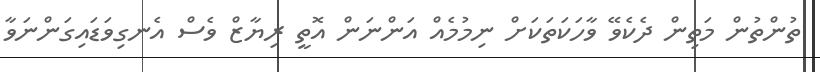
ތުންތުން މަތިން ދެކެވޭ ވާހަކަތަކަށް ނިމުމެއް އަންނަން އޮތީ ރިޔާޒް ވެސް އެނގިވަޑައިގަންނަވާ